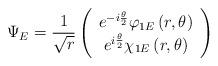
LaTeX: \begin{align*}\Psi_E = \frac{1}{\sqrt{r}} \left(\begin{array}{c} e^{-i\frac{\theta}{2}} \varphi_{1E} \left(r,\theta\right)\\ e^{i\frac{\theta}{2}} \chi_{1E} \left(r,\theta\right)\end{array}\right)\end{align*}